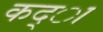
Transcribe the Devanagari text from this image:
कद्ा